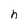
Character: h